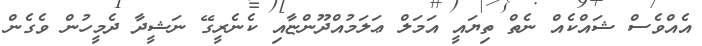
އެއްވެސް ޝައްކެއް ނެތް ތިޔައީ އަމަލް ޢަލަމުއްދޫންޏާއި ކެނެރީގޭ ނަޝީދާ ދެމީހުން ވެގެން